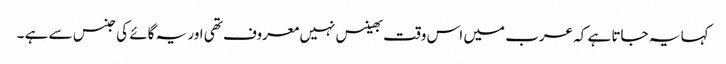
کہا یہ جاتا ہے کہ عرب میں اس وقت بھینس نہیں معروف تھی اور یہ گائے کی جنس سے ہے ۔